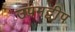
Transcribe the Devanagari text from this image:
उपमद्वीप